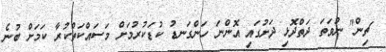
ޗިން" ނުވަތަ ދަތްދޮޅި ދަށުގައި އޮންނަ ހަންގަނޑު ކުޑަކުރުމަށް މަސައްކަތްކުރާ ކަމަށް ބުނެ